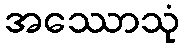
အဿောသုံ